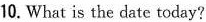
10. What is the date today?